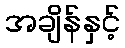
အချိန်နှင့်